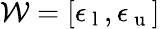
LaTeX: \mathcal{W}=[\epsilon_{\mathrm{~l~}},\epsilon_{\mathrm{~u~}}]